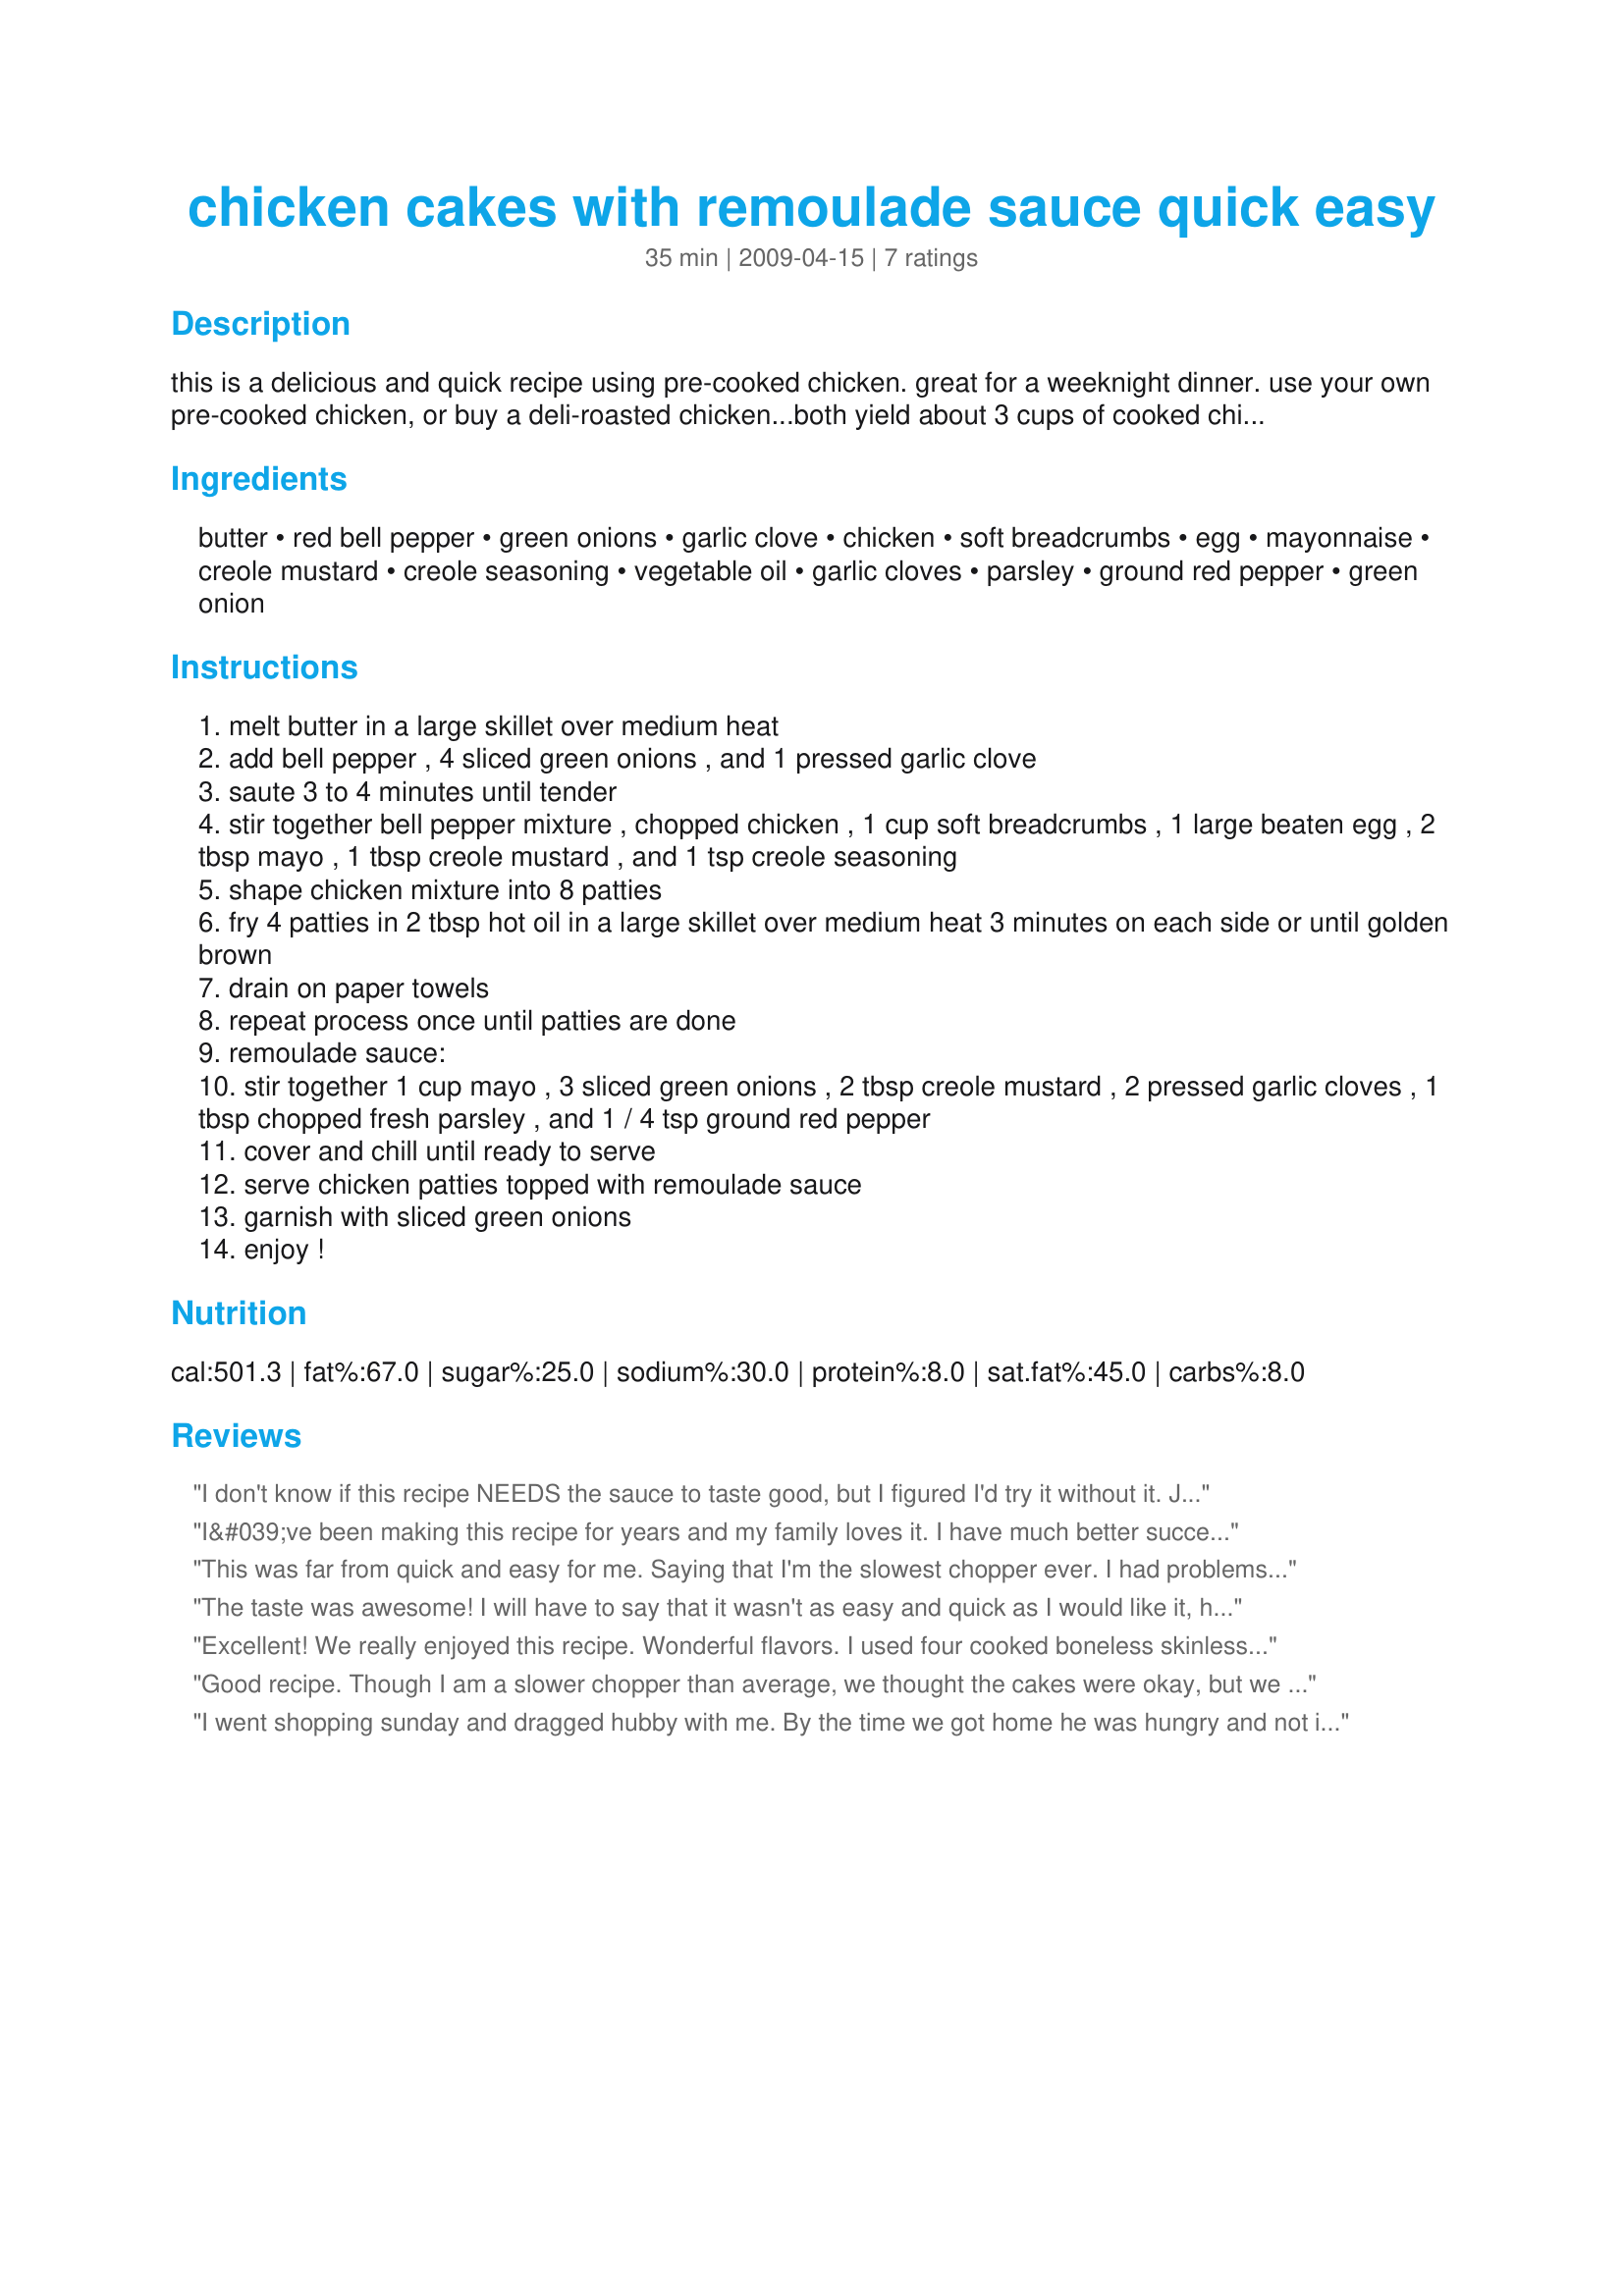
chicken cakes with remoulade sauce quick easy
Preparation time: 35 minutes

this is a delicious and quick recipe using pre-cooked chicken. great for a weeknight dinner. use your own pre-cooked chicken, or buy a deli-roasted chicken...both yield about 3 cups of cooked chicken. featured in southern living's 40 years of our best recipes cookbook as a "quick & easy" recipe. from some of the reviews, i think it isn't as quick and easy as they would like :).

Ingredients:
butter, red bell pepper, green onions, garlic clove, chicken, soft breadcrumbs, egg, mayonnaise, creole mustard, creole seasoning, vegetable oil, garlic cloves, parsley, ground red pepper, green onion

Steps:
melt butter in a large skillet over medium heat
add bell pepper , 4 sliced green onions , and 1 pressed garlic clove
saute 3 to 4 minutes until tender
stir together bell pepper mixture , chopped chicken , 1 cup soft breadcrumbs , 1 large beaten egg , 2 tbsp mayo , 1 tbsp creole mustard , and 1 tsp creole seasoning
shape chicken mixture into 8 patties
fry 4 patties in 2 tbsp hot oil in a large skillet over medium heat 3 minutes on each side or until golden brown
drain on paper towels
repeat process once until patties are done
remoulade sauce:
stir together 1 cup mayo , 3 sliced green onions , 2 tbsp creole mustard , 2 pressed garlic cloves , 1 tbsp chopped fresh parsley , and 1 / 4 tsp ground red pepper
cover and chill until ready to serve
serve chicken patties topped with remoulade sauce
garnish with sliced green onions
enjoy !

Reviews:
I don't know if this recipe NEEDS the sauce to taste good, but I figured I'd try it without it. Just using the patty portion of this recipe did not go over well. The flavor was OK, not wonderful and the consistency was crumby and dry. It tasted like fried breadcrumbs with a tiny bit of flavor. I'm sure I did something wrong as the other reviews seem positive.
I&#039;ve been making this recipe for years and my family loves it. I have much better success with it when I reduce the amount of breadcrumbs and increase the moisture (more butter when sauteing the onions and pepper). I also add more oil with frying. It helps with the flavor. I always use a rotisserie chicken, and the sauce is a must!
This was far from quick and easy for me. Saying that I'm the slowest chopper ever. I had problems with the way the recipe was written and made some mistakes because of it (my fault) The 1 tsp of ground red pepper didn't have divided to warn you and the creole mustard, I think should have read 3 tablespoons, divided. Just would have made the recipe easier to read and follow. I ended up adding 1 tsp of ground red pepper to the Remoulade Sauce (my fault) The flavor was excellent (I used recipe #38148 for the Creole Mustard) Had a little trouble with the cakes separating and the edges crumbling off during the frying process. (May use an extra egg next time). All in all this was a very nice recipe with excellent flavor, even with the 1 tsp of cayenne pepper in the Remoulade Sauce. Thanks for sharing. Made for PRMR :)
The taste was awesome! I will have to say that it wasn't as easy and quick as I would like it, however I did use my food processor to chop the chicken. I added capers to the remoulade sauce but other than that I followed the recipe exactly. My boys absolutely thought this was the greatest! Made for 1-2-3 Hits.
Excellent! We really enjoyed this recipe. Wonderful flavors. I used four cooked boneless skinless chicken breast halves and shredded them in the food processor. I substituted sour cream for the mayonnaise. I accidently used 3 garlic cloves in the chicken cakes, but that was ok because we love garlic. I used Recipe #38148 and Recipe #22089. I was confused about the amount of ground red pepper in this recipe because the ingredient list shows 1 teaspoon but the directions state to use only 1/4 teaspoon in the sauce...it doesn't look like the remaining 3/4 teaspoon is called for anywhere. In any case, I only used 1/8 teaspoon ground red pepper in the Remoulade sauce because my husband is heat sensitive. He loved the sauce and is currently thinking of how he can use up the remaining sauce tomorrow :-) Thank you for the recipe...we will definitely be making it again. I served it with Recipe #71739. Made for Every Day is a Holiday.
Good recipe. Though I am a slower chopper than average, we thought the cakes were okay, but we really enjoyed the sauce and garnishes/toppings with them. It made a nice compliment. I did have a little , and I mean little trouble though keeping these together. All in all they were nicely seasoned. Made for Zaar Stars.
I went shopping sunday and dragged hubby with me. By the time we got home he was hungry and not in the best of moods. I was able to put this together really quick and it put him back in good mood. Delicious and simple. Made for ZWT5.
